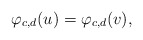
\begin{align*} \varphi_{c,d}(u) = \varphi_{c,d}(v),\end{align*}